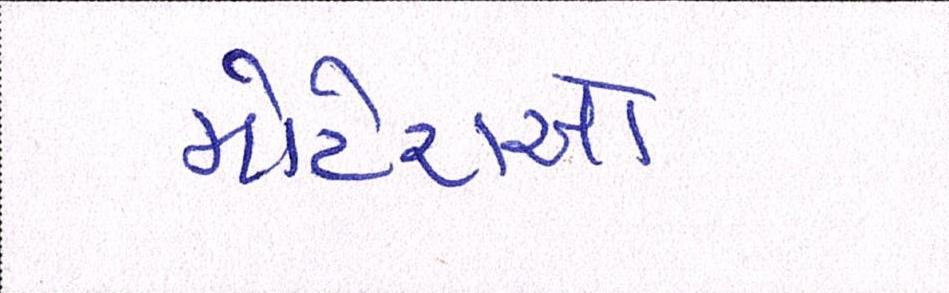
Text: મોટેરાઓ